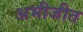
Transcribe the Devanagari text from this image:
अभीजीत